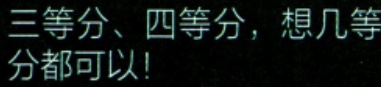
三等分、四等分，想几等分都可以!